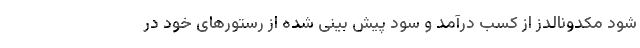
شود مکدونالدز از کسب درآمد و سود پیش بینی شده از رستورهای خود در